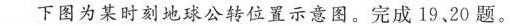
下图为某时刻地球公转位置示意图。完成19、20题。